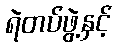
ရဲတပ်ဖွဲ့နှင့်